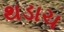
થડાચ